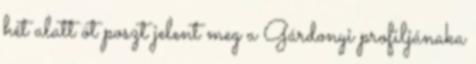
hét alatt öt poszt jelent meg a Gárdonyi proﬁljánaka